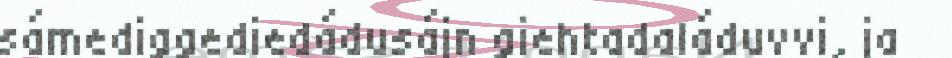
sámediggediedádusájn giehtadaláduvvi, ja